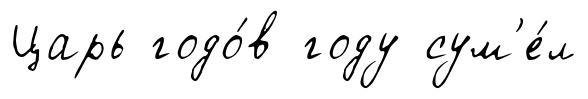
Царь годо́в году сум'е́л